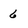
Character: 6